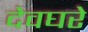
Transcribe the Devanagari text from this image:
देवघरे